Calcutta medical institutions reports 1892-1900
Year: 1892
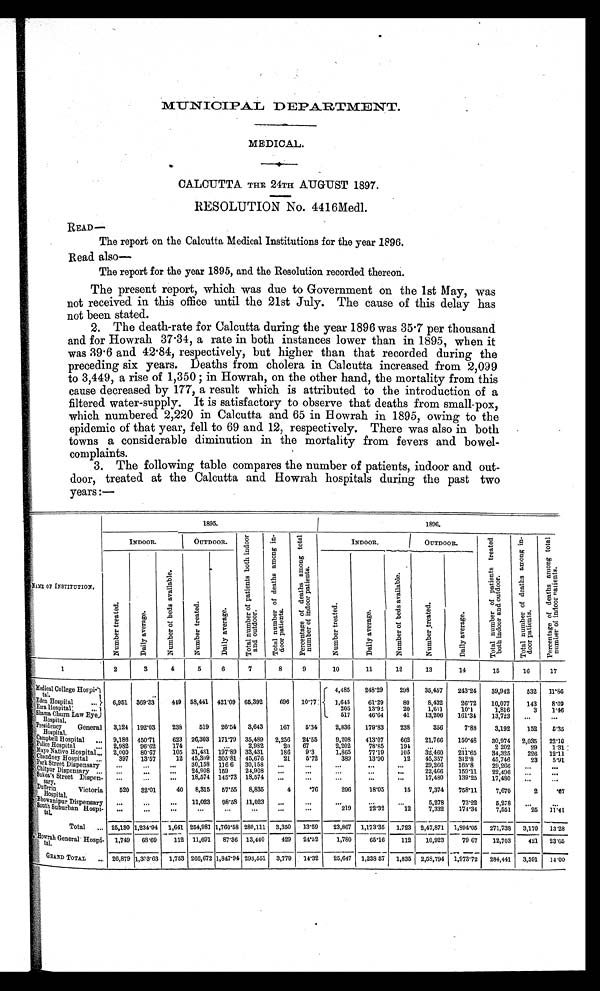
MUNICIPAL DEPARTMENT.
MEDICAL.
CALCUTTA THE 24TH AUGUST 1897.
RESOLUTION No. 4416Medl.
READ—
The report on the Calcutta Medical Institutions for the year 1896.
Read also
—
The report for the year 1895, and the Resolution recorded thereon.
The present report, which was due to Government on the 1st May, was
not received in this office until the 21st July. The cause of this delay has
not been stated.
2. The death-rate for Calcutta during the year 1896 was 35.7 per thousand
and for Howrah 37.34, a rate in both instances lower than in 1895, when it
was 39.6 and 42.84, respectively, but higher than that recorded during the
preceding six years. Deaths from cholera in Calcutta increased from 2,099
to 3,449, a rise of 1,350; in Howrah, on the other hand, the mortality from this
cause decreased by 177, a result which is attributed to the introduction of a
filtered water-supply. It is satisfactory to observe that deaths from small-pox,
which numbered 2,220 in Calcutta and 65 in Howrah in 1895, owing to the
epidemic of that year, fell to 69 and 12, respectively. There was also in both
towns a considerable diminution in the mortality from fevers and bowel-
complaints.
3. The following table compares the number of patients, indoor and out-
door, treated at the Calcutta and Howrah hospitals during the past two
years:—
NAME OF INSTITUTION.
1895.
1896.
INDOOR.
OUTDOOR.
T o t a l n u m b e r o f p a t i e n t s b o t h i n d o o r
a n d o u t d o o r . T o t a l n u m b e r o f d e a t h s a m o n g i n -
d o o r p a t i e n t s . P e r c e n t a g e o f d e a t h s a m o n g t o t a l
n u m b e r o f i n d o o r p a t i e n t s .
INDOOR.
OUTDOOR.
T o t a l n u m b e r o f p a t i e n t s t r e a t e d
b o t h i n d o o r a n d o u t d o o r .
T o t a l n u m b e r o f d e a t h s a m o n g i n -
d o o r p a t i e n t s .
P e r c e n t a g e o f d e a t h s a m o n g t o t a l
n u m b e r o f i n d o o r p a t i e n t s .
N u m b e r t r e a t e d .
D a i l y a v e r a g e .
N u m b e r o f b e d s a v a i l a b l e . N u m b e r t r e a t e d .
D a i l y a v e r a g e .
N u m b e r t r e a t e d .
D a i l y a v e r a g e .
N u m b e r o f b e d s a v a i l a b l e .
N u m b e r t r e a t e d .
D a i l y a v e r a g e .
1
2
3 4
5 6
7
8
9
10
11
12
13
14
15
1 6
17
Medical College Hospi-
tal.
4,485 248.29 298 35,457 243.24 39,942 532 11.86
Eden Hospital ... 6,951 369. 33 449 58,441 421.09 65,392
6 9 6 10.77 1,645 61.29 80 8,432 26.72 10,077 143 8.69
Ezra Hospital: ...
205 13.92 20 1,611 10.1
1,816
3 1.46
Shama Churn Law
Eye Hospital.
517 46.64 41 13,206 161.34 13,723 ... ...
Presidency General
Hospital.
3,124 192.03 238 519 26.54 3,643 167 5.34 2,836 179.83 238
356 7.88 3,192 152 5.35
Campbell Hospital ... 9,186 450.71 623 26,303 171.79 35,489 2,256 24.55 9,208 413.07 662 21,766 150.48 30,974 2,035 22.10
Police Hospital ... 2,982 96.62 174 ...
. . . 2,982 20 67
2,202 78.85 194 . . .
. . . 2.202 29 1.31
Mayo Native Hospital ... 2,009 80.67 105 31,431 197.89 33,431 186 9.3 1,865 77.19 105 32,460 211.65 34,325 226 12.11
Ch a n d n e y Ho s p i t a l . . .
397 13.57 12 45,309 305.81 45,676 21 5.72
389 13.90 12 45,357 312. 8
45,746 23 5.91
Park Street Dispensary
...
. . . ... 30,158 116. 6 30,158 ...
...
...
...
...
29,266 165. 8
29,266 . . . ...
Chitpur Dispensary ... ...
. . . . . . 24,908 159 24,908 ... ...
. . .
... . . .
22,466 159.11 22,496 . . . ...
Sukea' s Street Dispen-
sary.
... ... ... 18,574 145.73 18,574 ...
. . .
. . .
...
...
17,480 139.25 17,480
. . .
. . .
Dufferin Victoria
Hospital.
520 32.01 40 8,315 57.55 8,835
4
. 7 6 296 18.05 15 7,374 758.11 7,670
2 .67
Bhowanipur Dispensary ...
. . .
. . . 11,023 98.58 11,023
. . . ...
. . .
... ...
5,278 73.22 5,278 . . .
. . .
South Suburban Hospi-
tal.
... ...
. . .
. . . ... ...
. . . ...
219
2 2 . 3 2 12 7,332 174.34 7,551 25 11.41
Total ... 25,130 1,234.94 1,641 254,981 1,760.58 280,111 3,350 13.59 23,867 1,173.35 1,723 2,47,871 1,894.05 271,738 3,170 13.28
Howrah General Hospi-
t a l .
1,749 68.69 112 11,691 87.36 13,440 429 24.52 1,780 65.16 112 10,923 79.67 12,703 421 23.65
GRAND TOTAL ... 26,879 1,303.63 1,753 266,672 1,847.94 293,551 3,779 14.32 25,647 1,238.57 1,835 2,58,794 1,973.72 284,441 3, 591 14.00